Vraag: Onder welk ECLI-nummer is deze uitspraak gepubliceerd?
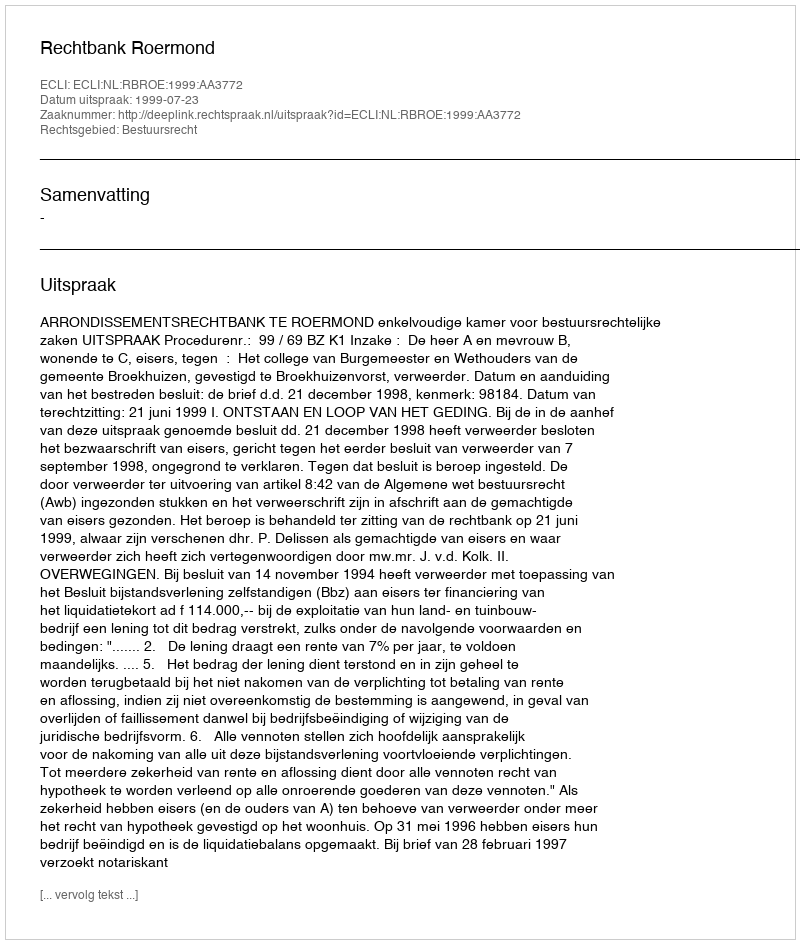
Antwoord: ECLI:NL:RBROE:1999:AA3772